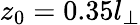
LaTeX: z_{0}=0.35l_{\perp}